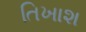
તિખાશ